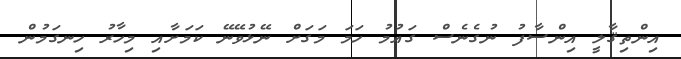
އިންތިޤާލީ އިންސާފު ނުގެނެސް ގައުމު ހަމަ މަގަށް ނޭޅުވޭނޭ ކަމަށާއި މިހާރު ހިނގަމުން